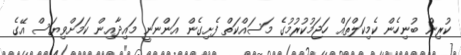
ކުރިން ބުނިހެން ކެމިކަލްތައް ހަޖަމުކުރުމުގެ މަސައްކަތް ފެށިގެން އަންނަނީ މައިދާއިން ކަމަށްވިޔަސް އޭގެ